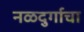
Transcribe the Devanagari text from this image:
नळदुर्गाचा